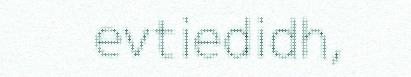
evtiedidh,